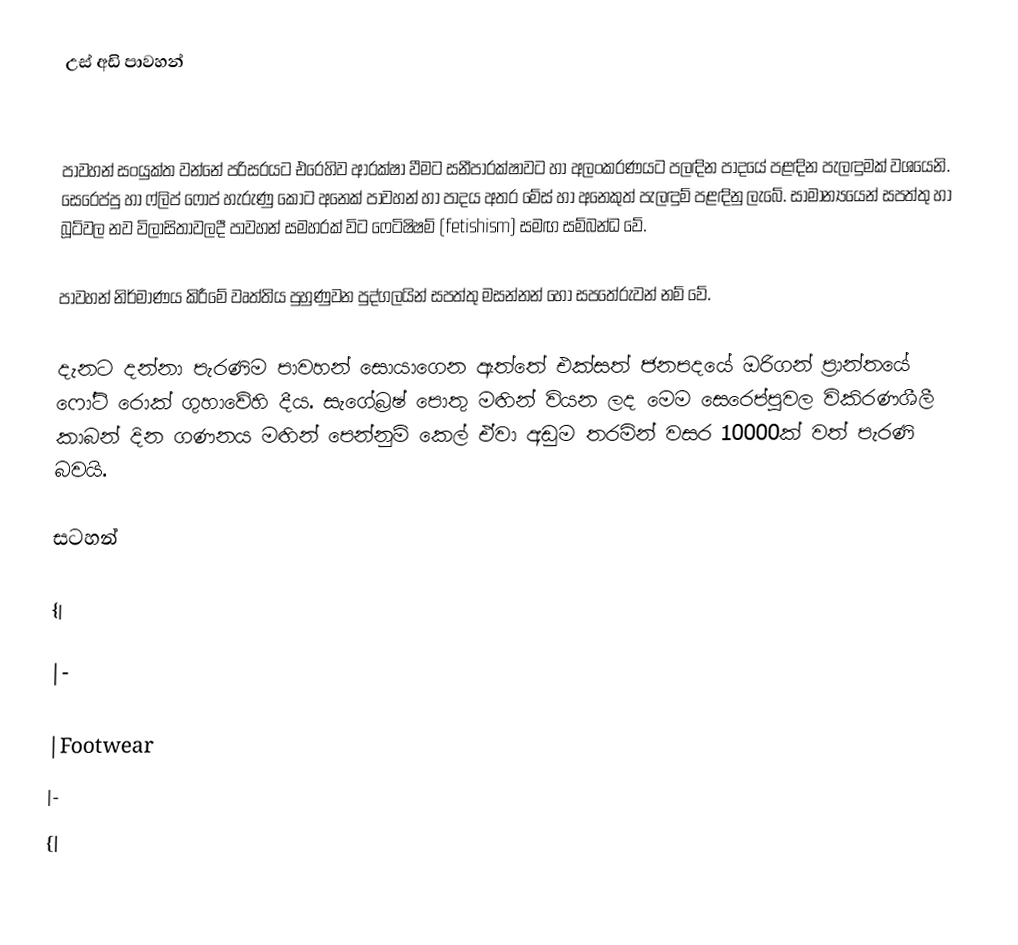
උස් අඩි පාවහන්

පාවහන් සංයුක්ත වන්නේ පරිස‍රයට එරෙහිව ආරක්ෂා වීමට සනීපාරක්ෂාවට හා අලංකරණයට පලඳින පාදයේ පළඳින පැලඳුමක් වශයෙනි. සෙරෙප්පු හා ෆ්ලිප් ෆොප් හැරුණු කොට අනෙක් පාවහන් හා පාදය අතර මේස් හා අනෙකුත් පැලඳුම් පළඳිනු ලැබේ. සාමාන්‍යයෙන් සපත්තු හා බූට්වල නව විලාසිතාවලදී පාවහන් සමහරක් විට ෆෙටිෂිෂම් (fetishism) සමඟ සම්බන්ධ වේ.

පාවහන් නිර්මාණය කිරීමේ වෘත්තිය පුහුණුවන පුද්ගලයින් සපත්තු මසන්නන් හෝ සපතේරුවන් නම් වේ.

දැනට දන්නා පැරණිම පාවහන් සොයාගෙන ඇත්තේ  එක්සත් ජනපදයේ ඔරිගන් ප්‍රාන්තයේ ෆෝට් රොක් ගුහාවේහි දීය. සැගේබ්‍රෂ් පොතු මඟින් වියන ලද මෙම සෙරෙප්පුවල විකිරණශීලී කාබන් දින ගණනය මඟින් පෙන්නුම් ක‍ෙල් ඒවා අඩුම තරමින් වසර 10000ක් වත් පැරණි බවයි.

සටහන්

{|

|-

|Footwear
|-
{|